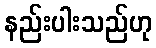
နည်းပါးသည်ဟု